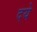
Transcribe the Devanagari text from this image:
दये